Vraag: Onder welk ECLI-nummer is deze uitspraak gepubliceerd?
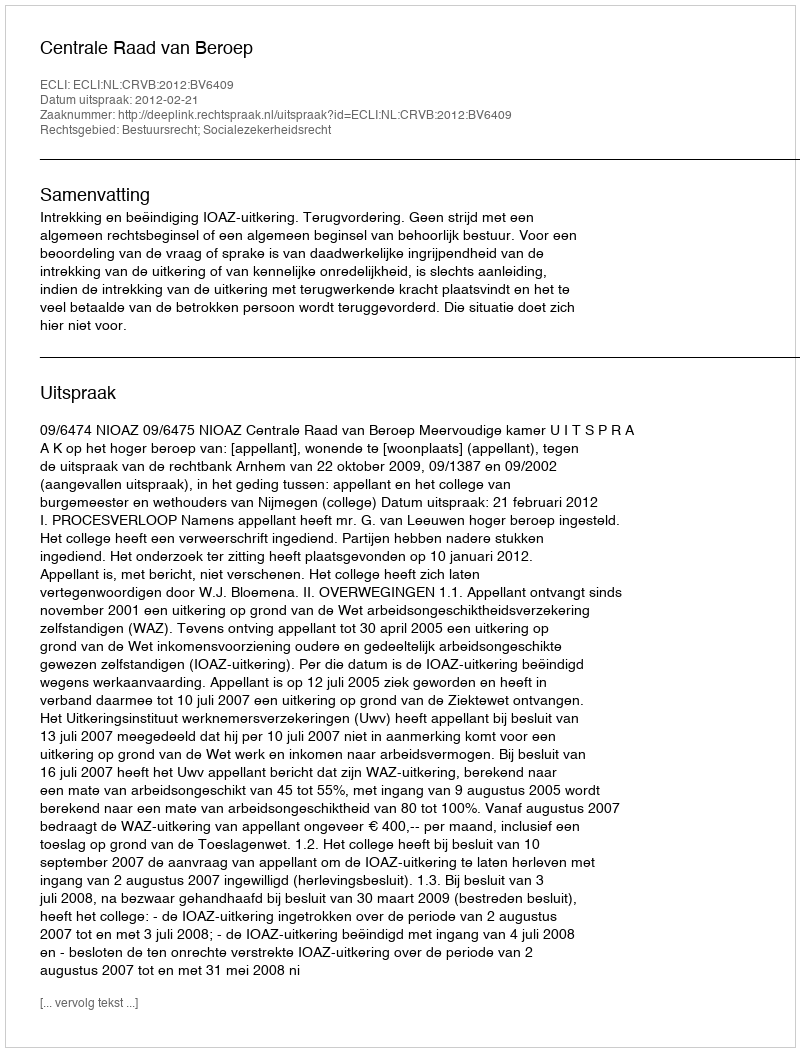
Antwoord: ECLI:NL:CRVB:2012:BV6409